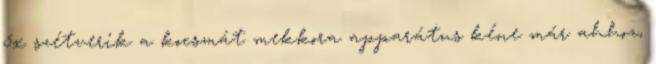
5x szétverik a kocsmát mekkora apparátus kéne már ahhoz,